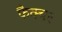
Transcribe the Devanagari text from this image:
फैक्चर